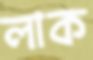
লাক